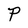
Character: P